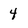
Character: 4